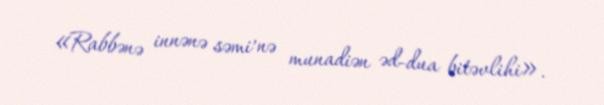
«Rabbənə innənə səmi’nə munadiən əd-dua bitəvlihi».